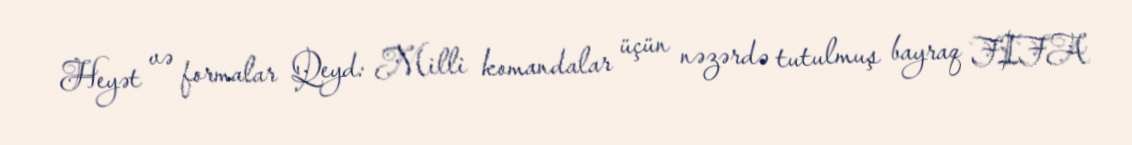
Heyət və formalar Qeyd: Milli komandalar üçün nəzərdə tutulmuş bayraq FIFA